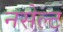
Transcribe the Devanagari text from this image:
नसेल्ट